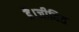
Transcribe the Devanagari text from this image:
है।जीवित